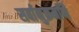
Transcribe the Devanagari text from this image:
सर्वानुक्रमणि